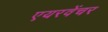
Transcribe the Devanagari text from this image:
एयरवेंचर